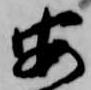
安